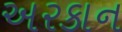
અરકાન